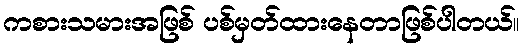
ကစားသမားအဖြစ် ပစ်မှတ်ထားနေတာဖြစ်ပါတယ်။